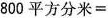
$$8 0 0 平 方 分 米 =